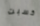
كسبت